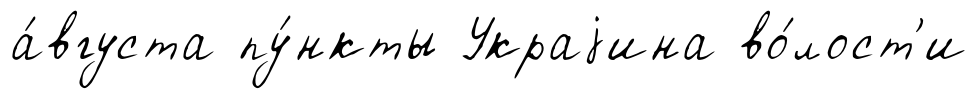
а́вгуста пу́нкты Украjина во́лост'и